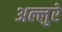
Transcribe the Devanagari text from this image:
अल्लुरे